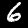
Label: 6